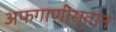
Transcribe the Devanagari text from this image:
अफगाणीस्तान